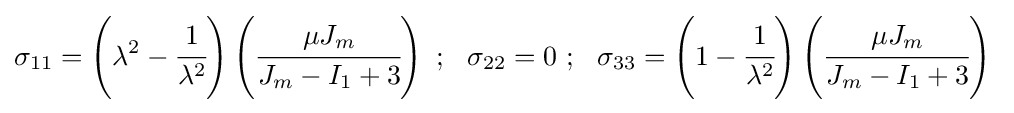
\sigma _{11}=\left(\lambda ^{2}-{\cfrac {1}{\lambda ^{2}}}\right)\left({\cfrac {\mu J_{m}}{J_{m}-I_{1}+3}}\right)~;~~\sigma _{22}=0~;~~\sigma _{33}=\left(1-{\cfrac {1}{\lambda ^{2}}}\right)\left({\cfrac {\mu J_{m}}{J_{m}-I_{1}+3}}\right)~